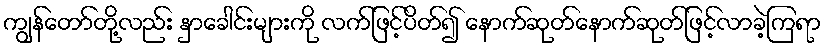
ကျွန်တော်တို့လည်း နှာခေါင်းများကို လက်ဖြင့်ပိတ်၍ နောက်ဆုတ်နောက်ဆုတ်ဖြင့်လာခဲ့ကြရာ